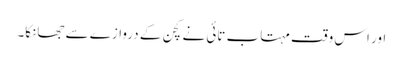
اور اس وقت مہتاب تائی نے کچن کے دروازے سے جھانکا۔